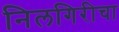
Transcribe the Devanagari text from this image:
निलगिरीचा